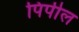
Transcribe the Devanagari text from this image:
पिपील